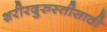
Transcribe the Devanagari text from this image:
शरीरदुरुस्तीसाठी